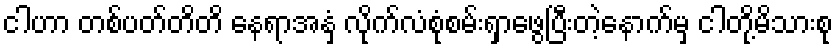
ငါဟာ တစ်ပတ်တိတိ နေရာအနှံ့ လိုက်လံစုံစမ်းရှာဖွေပြီးတဲ့နောက်မှ ငါတို့မိသားစု